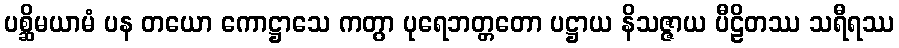
ပစ္ဆိမယာမံ ပန တယော ကောဋ္ဌာသေ ကတွာ ပုရေဘတ္တတော ပဋ္ဌာယ နိသဇ္ဇာယ ပီဠိတဿ သရီရဿ